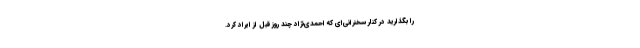
را بگذارید در کنار سخنرانی‌ای که احمدی‌نژاد چند روز قبل از ایراد کرد.